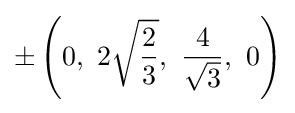
\pm \left(0,\ 2{\sqrt {\frac {2}{3}}},\ {\frac {4}{\sqrt {3}}},\ 0\right)